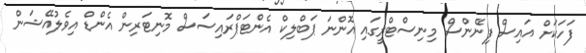
ފަހަކަށް އައިސް ފިނޭންސް މިނިސްޓްރީގައި އޮންނަ ޕަބްލިކް އެންޓަޕްރައިސަސް މޮނިޓަރިން އެންޑް އިވެލުއޭޝަން